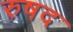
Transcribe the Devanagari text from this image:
रुषद